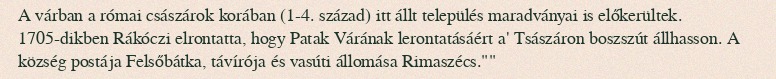
A várban a római császárok korában (1-4. század) itt állt település maradványai is előkerültek. 1705-dikben Rákóczi elrontatta, hogy Patak Várának lerontatásáért a' Tsászáron boszszút állhasson. A község postája Felsőbátka, távírója és vasúti állomása Rimaszécs.""